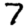
Digit: 7